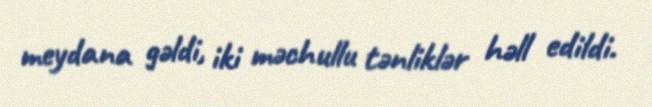
meydana gəldi, iki məchullu tənliklər həll edildi.